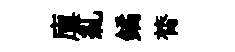
廪糺鐍膂